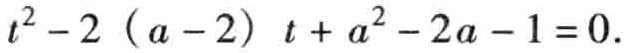
\(t^{2}-2(a - 2)t + a^{2}-2a - 1 = 0.\)